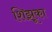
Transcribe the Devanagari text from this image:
शिझूका